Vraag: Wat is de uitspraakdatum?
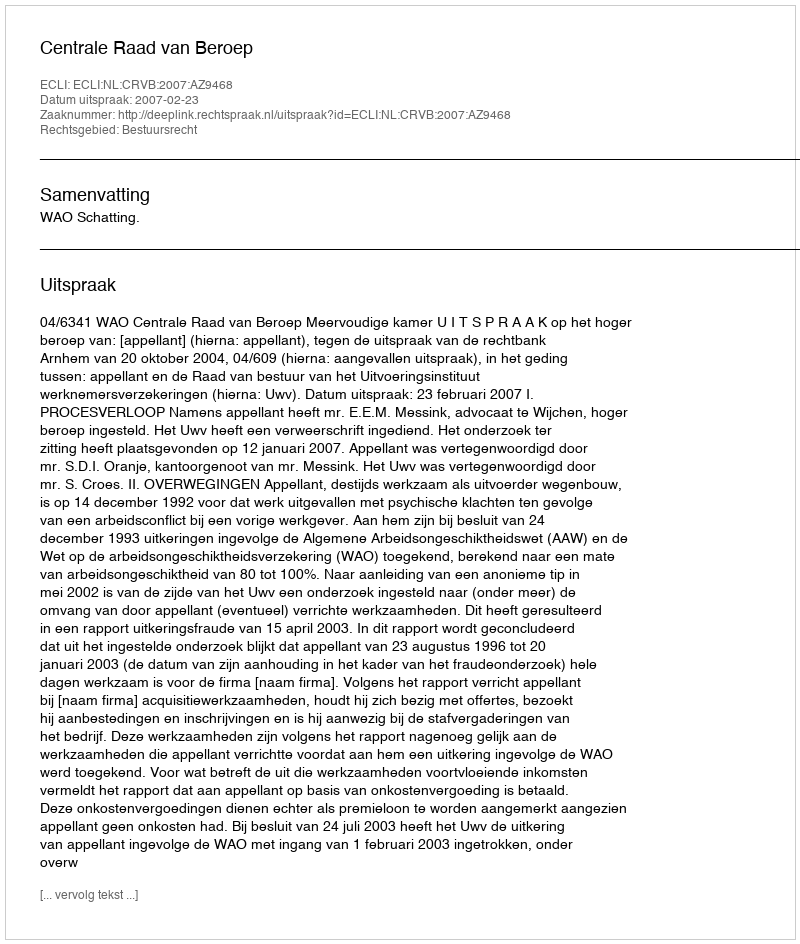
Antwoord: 2007-02-23